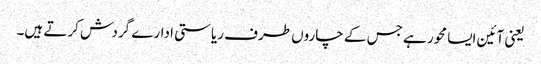
یعنی آئین ایسا محور ہے جس کے چاروں طرف ریاستی ادارے گردش کرتے ہیں۔